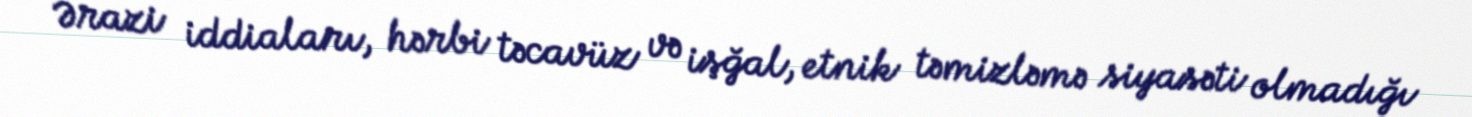
Ərazi iddiaları, hərbi təcavüz və işğal, etnik təmizləmə siyasəti olmadığı